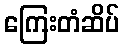
ကြေးတံဆိပ်